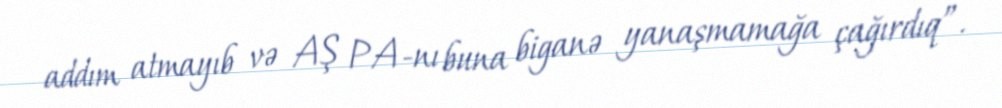
addım atmayıb və AŞ PA-nı buna biganə yanaşmamağa çağırdıq”.